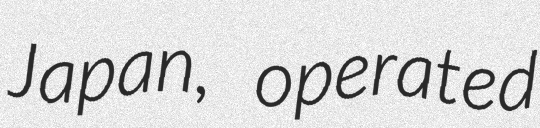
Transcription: Japan, operated